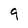
Character: 9